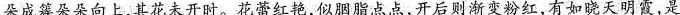
朵成簇朵朵向上，其花未开时。花蕾红艳，似胭脂点点，开后则渐变粉红，有如晓天明霞，是